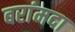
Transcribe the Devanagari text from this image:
बरांमदा